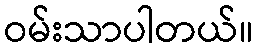
ဝမ်းသာပါတယ်။